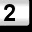
Digit: 2